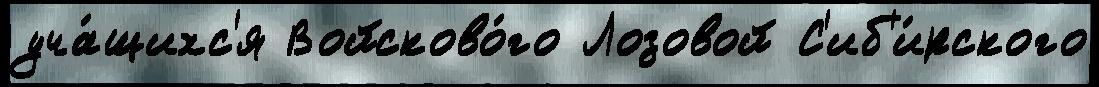
уча́щихс'я Войсково́го Лозовой С'иб'и́рского